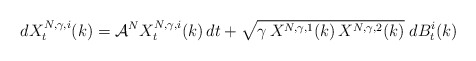
\begin{align*}d X^{N,\gamma,i}_t(k)=\mathcal A^N X^{N,\gamma,i}_t(k)\,dt+\sqrt{\gamma \, X^{N,\gamma,1}(k)\, X^{N,\gamma,2}(k)}\;dB^i_t(k)\end{align*}